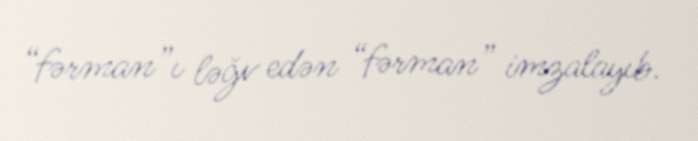
“fərman”ı ləğv edən “fərman” imzalayıb.